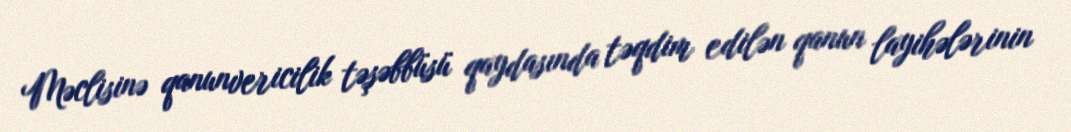
Məclisinə qanunvericilik təşəbbüsü qaydasında təqdim edilən qanun layihələrinin